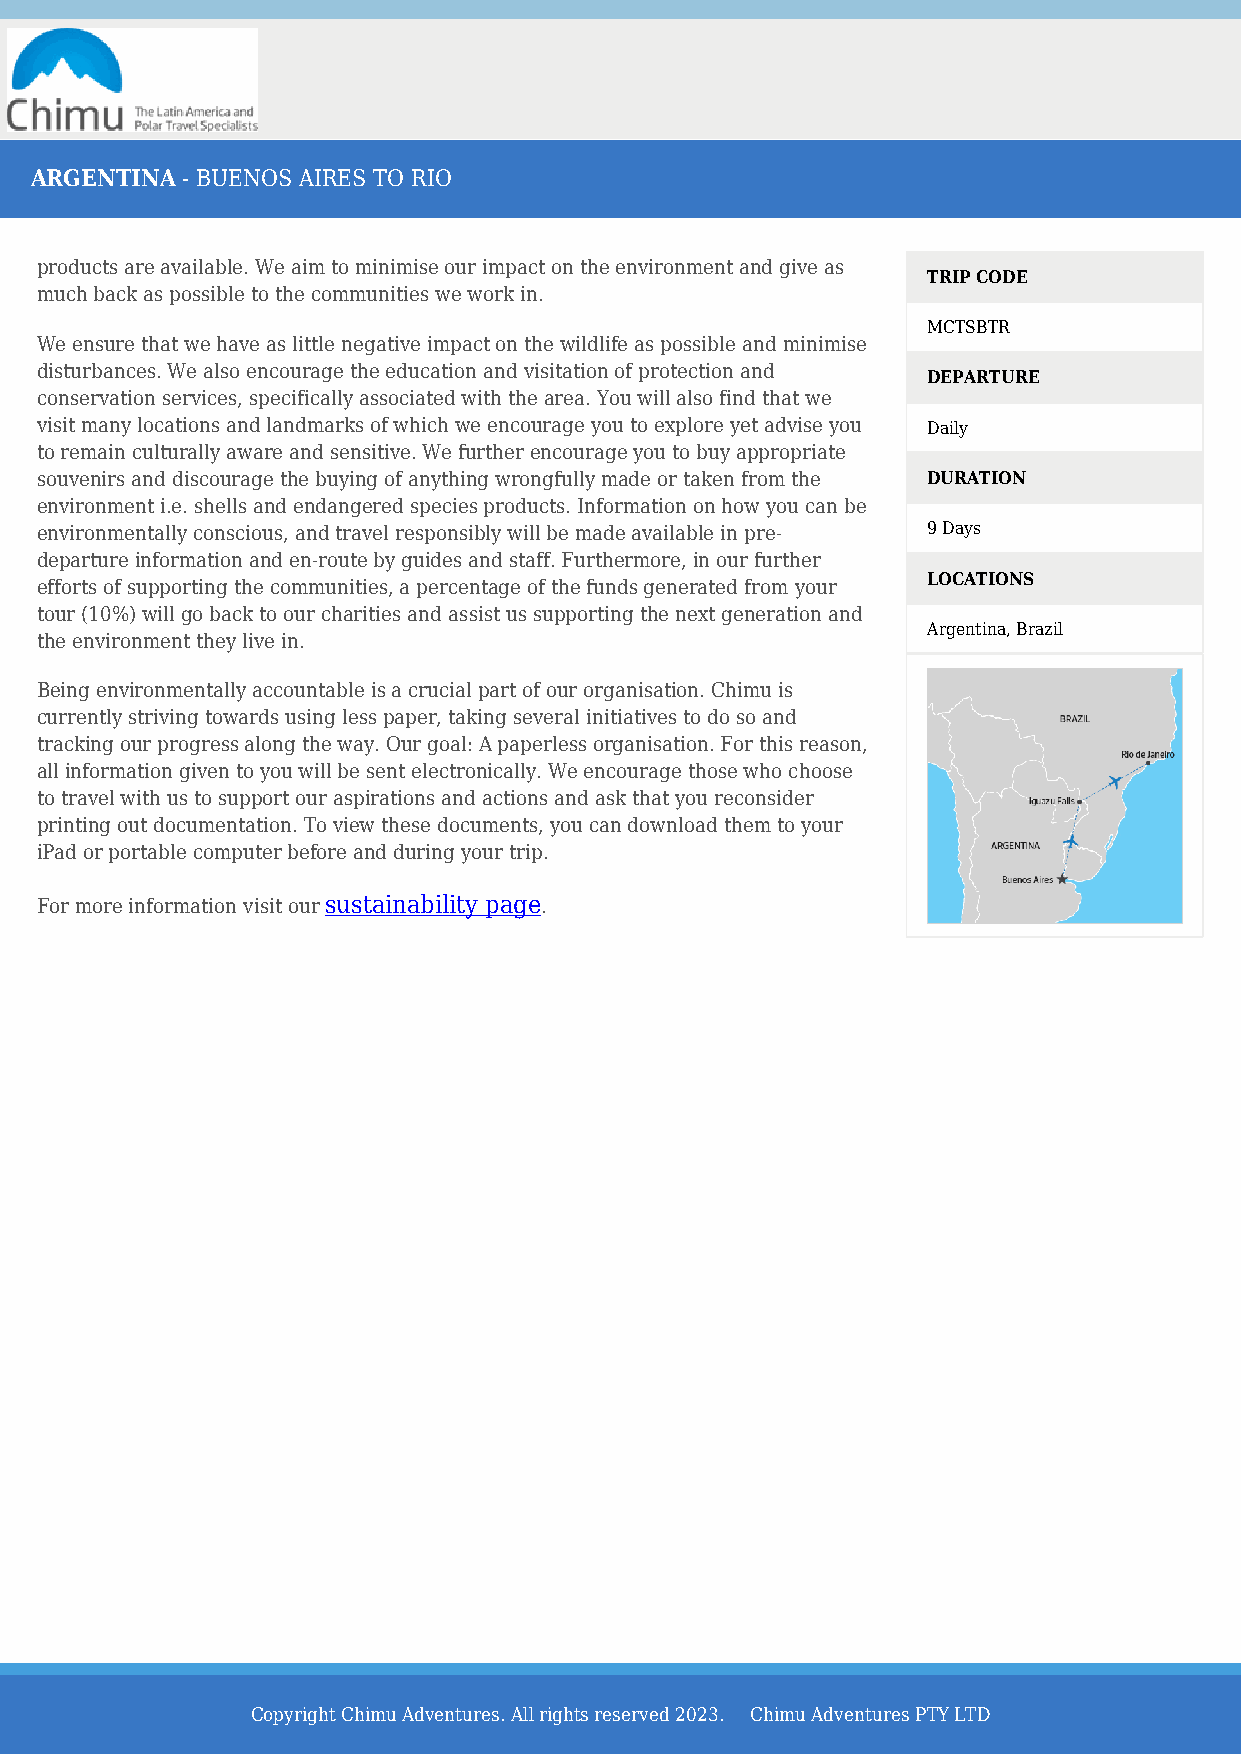
ARGENTINA - BUENOS AIRES TO RIO
 products are available. We aim to minimise our impact on the environment and give as
 TRIP CODE
 much back as possible to the communities we work in.
 MCTSBTR
 We ensure that we have as little negative impact on the wildlife as possible and minimise
 disturbances. We also encourage the education and visitation of protection and
 DEPARTURE
 conservation services, specifically associated with the area. You will also find that we
 visit many locations and landmarks of which we encourage you to explore yet advise you Daily
 to remain culturally aware and sensitive. We further encourage you to buy appropriate
 souvenirs and discourage the buying of anything wrongfully made or taken from the DURATION
 environment i.e. shells and endangered species products. Information on how you can be
 environmentally conscious, and travel responsibly will be made available in pre- 9 Days
 departure information and en-route by guides and staff. Furthermore, in our further
 LOCATIONS
 efforts of supporting the communities, a percentage of the funds generated from your
 tour (10%) will go back to our charities and assist us supporting the next generation and
 Argentina, Brazil
 the environment they live in.
 Being environmentally accountable is a crucial part of our organisation. Chimu is
 currently striving towards using less paper, taking several initiatives to do so and
 tracking our progress along the way. Our goal: A paperless organisation. For this reason,
 all information given to you will be sent electronically. We encourage those who choose
 to travel with us to support our aspirations and actions and ask that you reconsider
 printing out documentation. To view these documents, you can download them to your
 iPad or portable computer before and during your trip.
 For more information visit our sustainability page.
 Copyright Chimu Adventures. All rights reserved 2023. Chimu Adventures PTY LTD